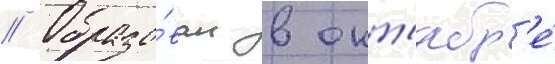
// Образо́ван в окт'ябр'е́